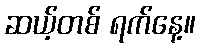
ဆယ့်တစ် ရက်နေ့။